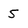
Character: 5